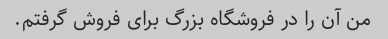
من آن را در فروشگاه بزرگ برای فروش گرفتم.